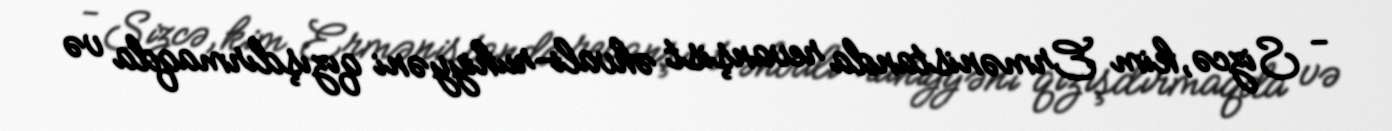
- Sizcə, kim Ermənistanda revanşist əhvali-ruhiyyəni qızışdırmaqda və